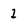
Character: 1